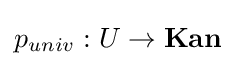
p_{univ}:U\to {\textbf {Kan}}